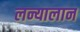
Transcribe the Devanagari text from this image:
लन्यालान